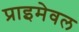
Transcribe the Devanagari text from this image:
प्राइमेवल